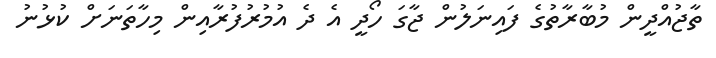
ތާޖުއްދީން މުބާރާތުގެ ފައިނަލުން ޖާގަ ހޯދީ އެ ދެ އުމުރުފުރާއިން މިހާތަނަށް ކުޅުނު